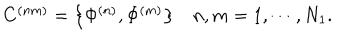
\begin{array} { l r } { { C ^ { ( n m ) } = \left\{ \Phi ^ { ( n ) } , \Phi ^ { ( m ) } \right\} } } & { { n , m = 1 , \cdots , N _ { 1 } . } } \\ \end{array}